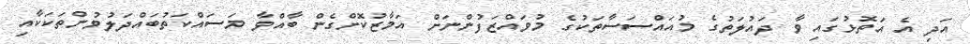
އަދި އެ އަތޮޅުގައި ވާ ދައުލަތުގެ މުއައްސަސާތަކުގެ މުވައްޒަފުންނަށް އަމާޒުކޮށްގެން ބާއްވާ މަސައްކަތުބައްދަލުވުންތަކަކާއި